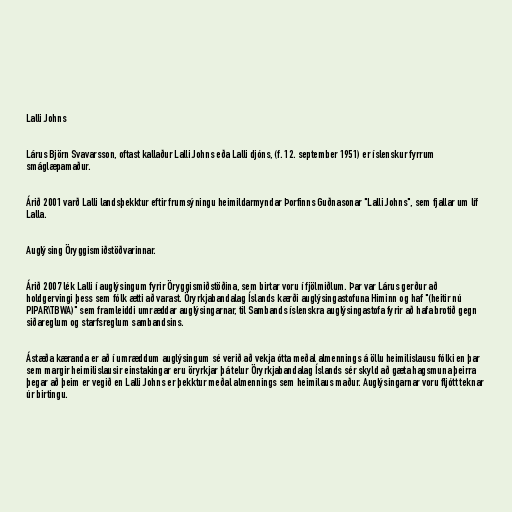
Lalli Johns

Lárus Björn Svavarsson, oftast kallaður Lalli Johns eða Lalli djóns, (f. 12. september 1951) er íslenskur fyrrum
smáglæpamaður.

Árið 2001 varð Lalli landsþekktur eftir frumsýningu heimildarmyndar Þorfinns Guðnasonar "Lalli Johns", sem fjallar um líf
Lalla.

Auglýsing Öryggismiðstöðvarinnar.

Árið 2007 lék Lalli í auglýsingum fyrir Öryggismiðstöðina, sem birtar voru í fjölmiðlum. Þar var Lárus gerður að
holdgervingi þess sem fólk ætti að varast. Öryrkjabandalag Íslands kærði auglýsingastofuna Himinn og haf "(heitir nú
PIPAR\TBWA)" sem framleiddi umræddar auglýsingarnar, til Sambands íslenskra auglýsingastofa fyrir að hafa brotið gegn
siðareglum og starfsreglum sambandsins.

Ástæða kæranda er að í umræddum auglýsingum sé verið að vekja ótta meðal almennings á öllu heimilislausu fólki en þar
sem margir heimilislausir einstakingar eru öryrkjar þá telur Öryrkjabandalag Íslands sér skyld að gæta hagsmuna þeirra
þegar að þeim er vegið en Lalli Johns er þekktur meðal almennings sem heimilaus maður. Auglýsingarnar voru fljótt teknar
úr birtingu.